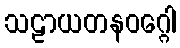
သဠာယတနဝဂ္ဂေါ